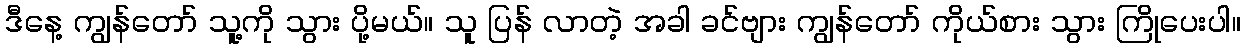
ဒီနေ့ ကျွန်တော် သူ့ကို သွား ပို့မယ်။ သူ ပြန် လာတဲ့ အခါ ခင်ဗျား ကျွန်တော် ကိုယ်စား သွား ကြိုပေးပါ။